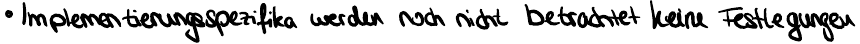
Implementierungsspezifika werden noch nicht betrachtet keine Festlegungen